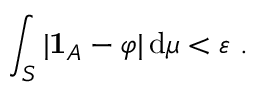
\int _ { S } | \mathbf { 1 } _ { A } - \varphi | \, \mathrm { d } \mu < \varepsilon \ .